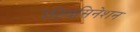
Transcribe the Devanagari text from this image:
रेटियसिनेशन